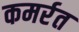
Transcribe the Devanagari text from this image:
कमर्रत